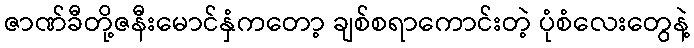
ဇာဏ်ခီတို့ဇနီးမောင်နှံကတော့ ချစ်စရာကောင်းတဲ့ ပုံစံလေးတွေနဲ့